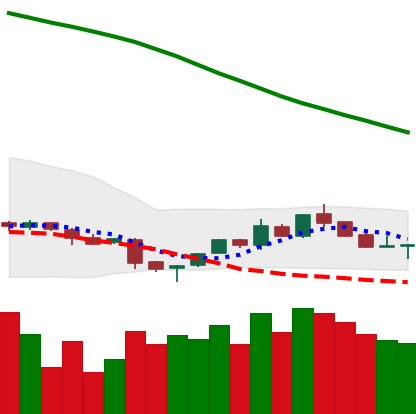
Ticker: NEO-USD
Chart end date: 2018-11-11
Forward return: -20.572%
Label: down_7plus